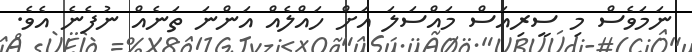
ނަމަވެސް މި ސީރިއަސް މައްސަލަ އަށް ހައްލެއް އަންނަ ތަނެއް ނުފެނެ އެވެ.